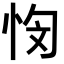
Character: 𭜭